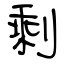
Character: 剩